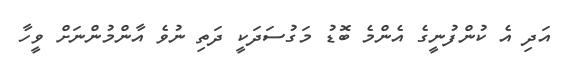
އަދި އެ ކުންފުނީގެ އެންމެ ބޮޑު މަގުސަދަކީ ދަތި ނުވެ އާންމުންނަށް ވީހާ